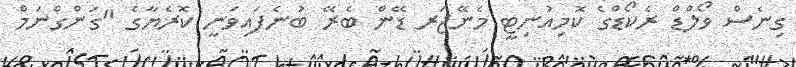
ގިނެސް ވޯލްޑް ރެކޯޑްގެ ކޮމިއުނިޓީ މެނޭޖަރ ޑޭން ބެރޭ ބުނެފައިވަނީ ކޮރެޔާގެ "ގަންގްނަމް